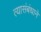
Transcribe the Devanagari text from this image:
त्यासंबंधाने